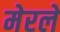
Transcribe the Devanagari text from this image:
मेरले